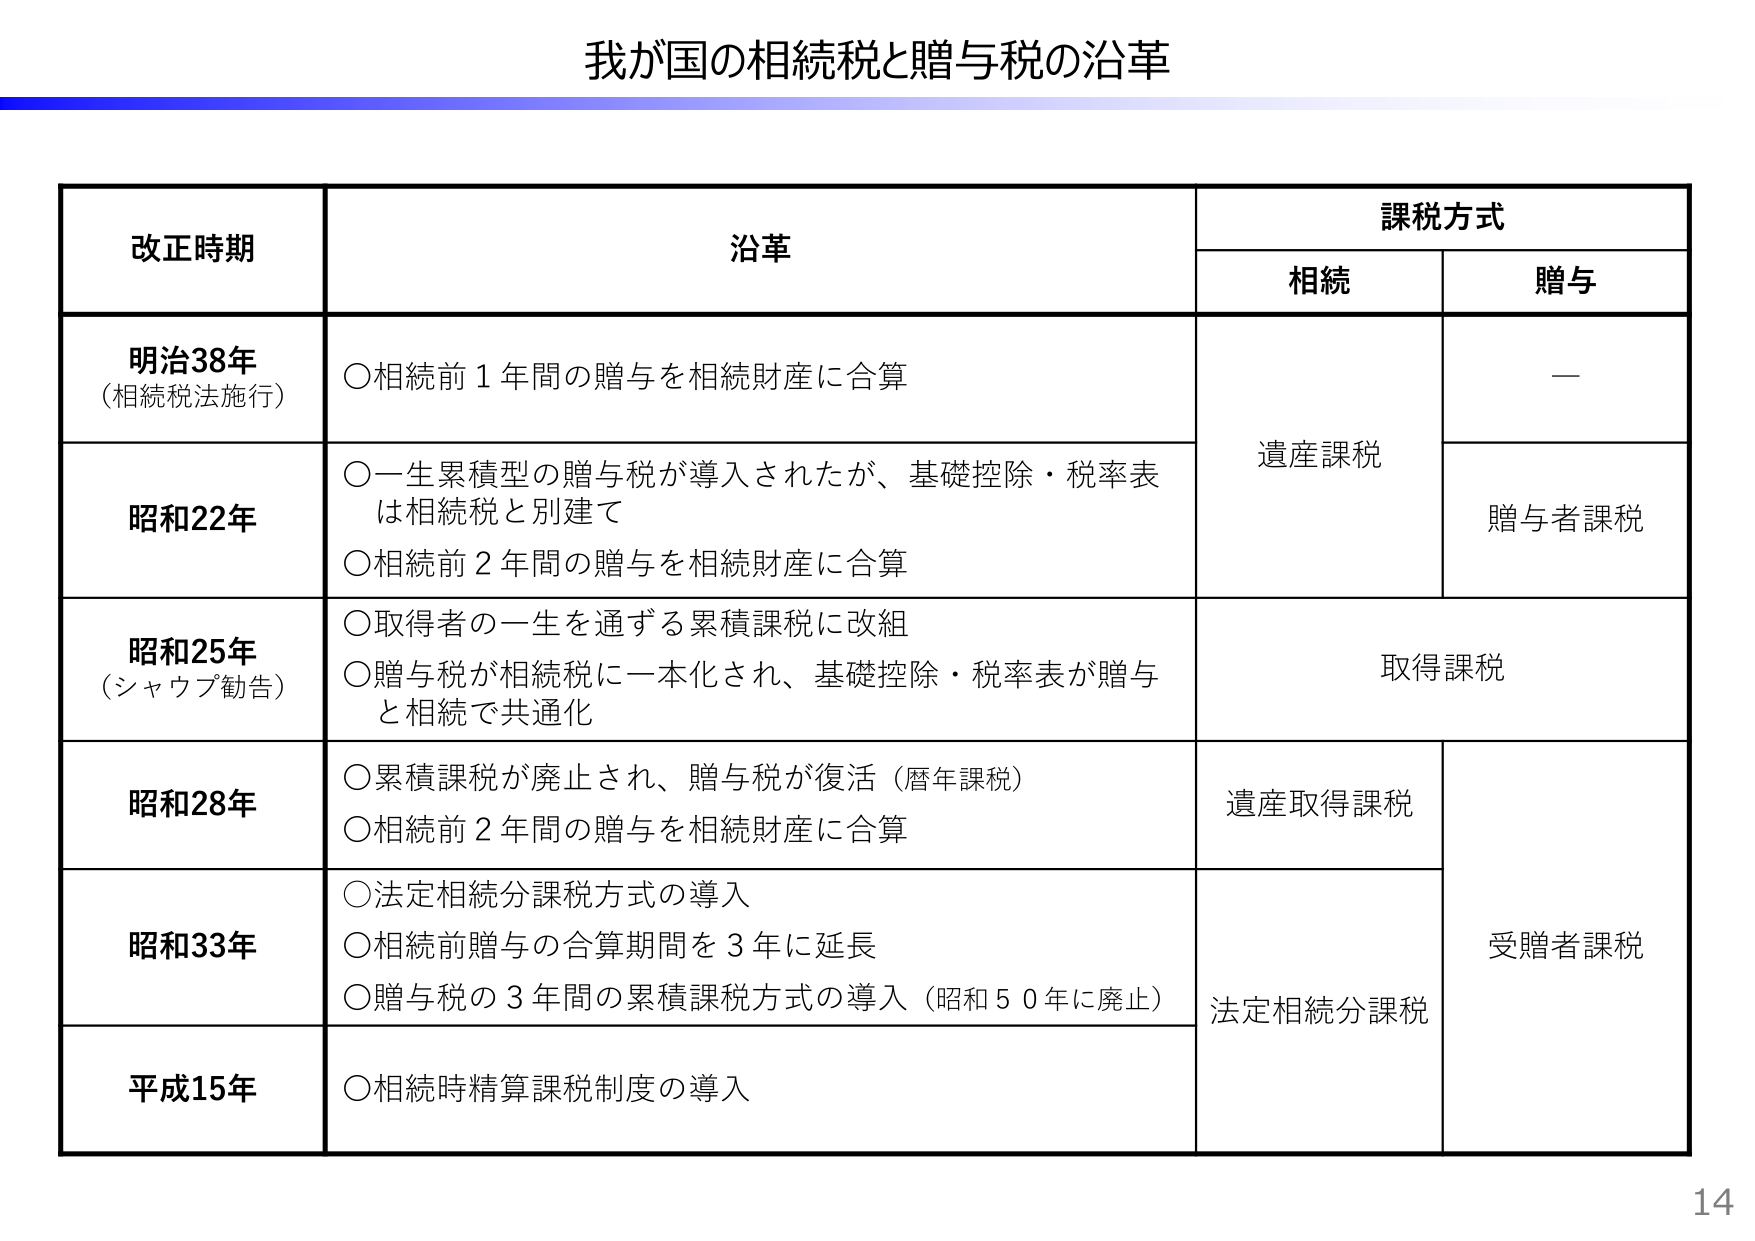
我が国の相続税と贈与税の沿革

改正時期　　　　　　　　沿革　　　　　　　　　　　　　　　　　　　　　　　　　　　　　　　課税方式
　　　　　　　　　　　　　　　　　　　　　　　　　　　　　　　　　　相続　　　　　　贈与

明治38年　　　　　　○相続前１年間の贈与を相続財産に合算　　　　　　　　　　　　　　—
（相続税法施行）

昭和22年　　　　　　○一生累積型の贈与税が導入されたが、基礎控除・税率表　　　　　　遺産課税　　　贈与者課税
　　　　　　　　　　は相続税と別建て
　　　　　　　　　　○相続前２年間の贈与を相続財産に合算

昭和25年　　　　　　○取得者の一生を通ずる累積課税に改組　　　　　　　　　　　　　　取得課税
（シャウプ勧告）　　　○贈与税が相続税に一本化され、基礎控除・税率表が贈与
　　　　　　　　　　と相続で共通化

昭和28年　　　　　　○累積課税が廃止され、贈与税が復活（暦年課税）　　　　　　遺産取得課税　　受贈者課税
　　　　　　　　　　○相続前２年間の贈与を相続財産に合算

昭和33年　　　　　　○法定相続分課税方式の導入　　　　　　　　　　　　　　　　　　法定相続分課税
　　　　　　　　　　○相続前贈与の合算期間を３年に延長
　　　　　　　　　　○贈与税の３年間の累積課税方式の導入（昭和５０年に廃止）

平成15年　　　　　　○相続時精算課税制度の導入

14